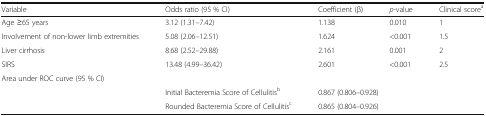
<table><thead><tr><td><b>Variable</b></td><td><b>Odds ratio (95 % CI)</b></td><td><b>Coefficient (β)</b></td><td><b><i>p-</i>value</b></td><td><b>Clinical score<sup>a</sup></b></td></tr></thead><tbody><tr><td>Age ≥65 years</td><td>3.12 (1.31–7.42)</td><td>1.138</td><td>0.010</td><td>1</td></tr><tr><td>Involvement of non-lower limb extremities</td><td>5.08 (2.06–12.51)</td><td>1.624</td><td>&lt;0.001</td><td>1.5</td></tr><tr><td>Liver cirrhosis</td><td>8.68 (2.52–29.88)</td><td>2.161</td><td>0.001</td><td>2</td></tr><tr><td>SIRS</td><td>13.48 (4.99–36.42)</td><td>2.601</td><td>&lt;0.001</td><td>2.5</td></tr><tr><td colspan="5">Area under ROC curve (95 % CI)</td></tr><tr><td></td><td>Initial Bacteremia Score of Cellulitis<sup>b</sup></td><td colspan="3">0.867 (0.806–0.928)</td></tr><tr><td></td><td>Rounded Bacteremia Score of Cellulitis<sup>c</sup></td><td colspan="3">0.865 (0.804–0.926)</td></tr></tbody></table>